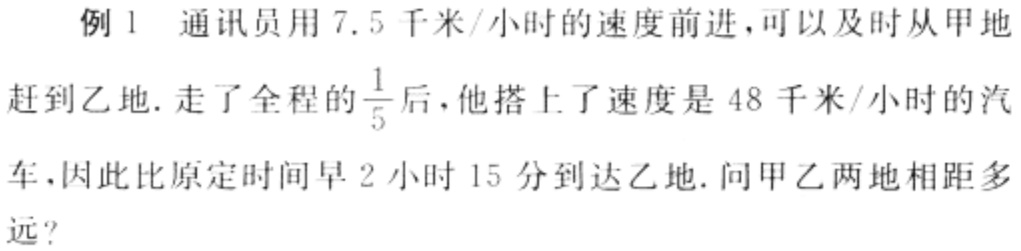
例 1 通讯员用 7.5 千米/小时的速度前进，可以及时从甲地赶到乙地. 走了全程的$\frac{1}{5}$后，他搭上了速度是 48 千米/小时的汽车，因此比原定时间早 2 小时 15 分到达乙地. 问甲乙两地相距多远？